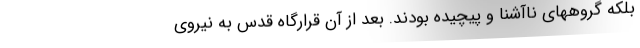
بلکه گروههای ناآشنا و پیچیده بودند. بعد از آن قرارگاه قدس به نیروی